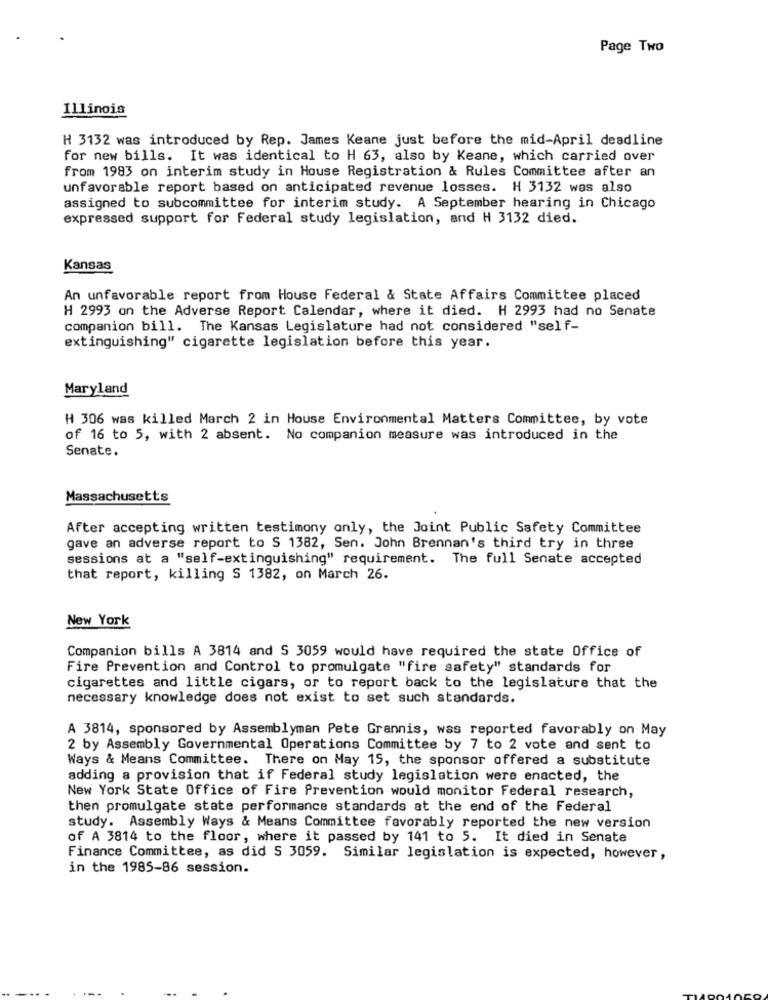
Page Two
Illinois
H 3132 was introduced by Rep. James Keane just before the mid-April deadline
for new bills. It was identical to H 63, also by Keane, which carried over
from 1983 on interim study in House Registration & Rules Committee after an
unfavorable report based on anticipated revenue losses. H 3132 was also
assigned to subcommittee for interim study. A September hearing in Chicago
expressed support for Federal study legislation, and H 3132 died.
Kansas
An unfavorable report from House Federal & State Affairs Committee placed
H 2993 on the Adverse Report Calendar, where it died. H 2993 had no Senate
companion bill. The Kansas Legislature had not considered "self-
extinguishing" cigarette legislation before this year.
Maryland
H 306 was killed March 2 in House Environmental Matters Committee, by vote
of 16 to 5, with 2 absent. No companion measure was introduced in the
Senate.
Massachusetts
After accepting written testimony only, the Joint Public Safety Committee
gave an adverse report to S 1382, Sen. John Brennan's third try in three
sessions at a "self-extinguishing" requirement. The full Senate accepted
that report, killing S 1382, on March 26.
New York
Companion bills A 3814 and S 3059 would have required the state Office of
Fire Prevention and Control to promulgate "fire safety" standards for
cigarettes and little cigars, or to report back to the legislature that the
necessary knowledge does not exist to set such standards.
A 3814, sponsored by Assemblyman Pete Grannis, was reported favorably on May
2 by Assembly Governmental Operations Committee by 7 to 2 vote and sent to
Ways & Means Committee. There on May 15, the sponsor offered a substitute
adding a provision that if Federal study legislation were enacted, the
New York State Office of Fire Prevention would monitor Federal research,
then promulgate state performance standards at the end of the Federal
study. Assembly Ways & Means Committee favorably reported the new version
of A 3814 to the floor, where it passed by 141 to 5. It died in Senate
Finance Committee, as did S 3059. Similar legislation is expected, however,
in the 1985-86 session.